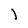
Character: l